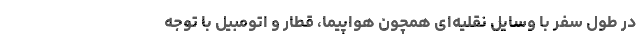
در طول سفر با وسایل نقلیه‌ای همچون هواپیما، قطار و اتومبیل با توجه